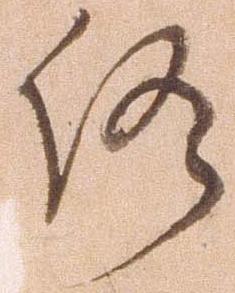
仍